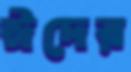
ঈদের